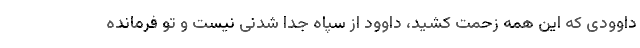
داوودی که این همه زحمت کشید، داوود از سپاه جدا شدنی نیست و تو فرمانده